Lunatic asylums Central Provinces reports 1895-1909 - 1895-1909
Year: 1895
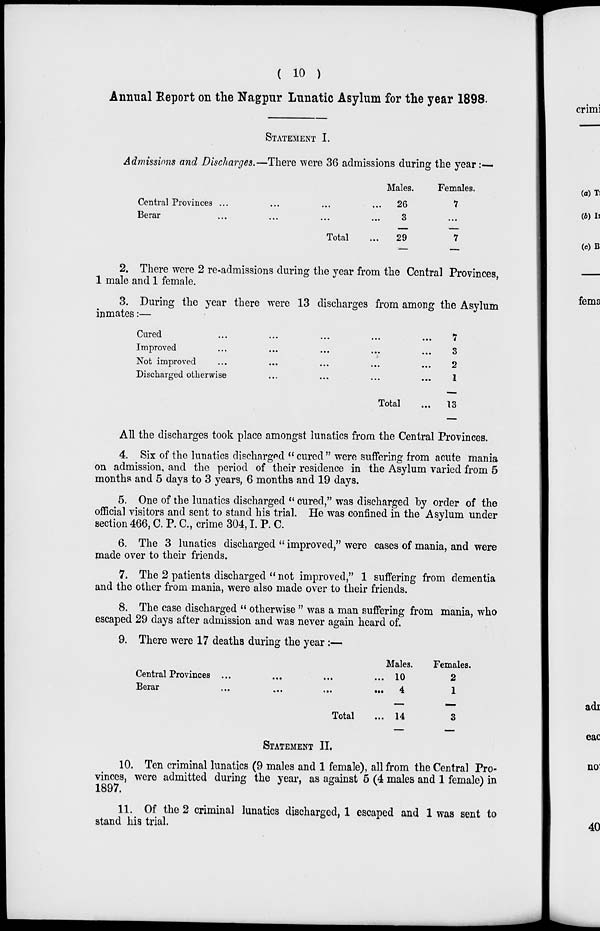
( 10 )
Annual Report on the Nagpur Lunatic Asylum for the year 1898.
STATEMENT I.
Admissions and Discharges.—There were 36 admissions during the year:—
Central Provinces ... ... ... ...
Berar
...
...
...
...
Total ...
Males.
26
3
29
Females.
7
...
7
2. There were 2 re-admissions during the year from the Central Provinces,
1 male and 1 female.
3. During the year there were 13 discharges from among the Asylum
inmates:—
Cured
...
...
...
...
...
Improved ... ... ... ... ...
Not improved ... ... ... ... ...
Discharged otherwise ... ... ... ...
Total ...
7
3
2
1
13
All the discharges took place amongst lunatics from the Central Provinces.
4. Six of the lunatics discharged " cured " were suffering from acute mania
on admission, and the period of their residence in the Asylum varied from 5
months and 5 days to 3 years, 6 months and 19 days.
5. One of the lunatics discharged " cured," was discharged by order of the
official visitors and sent to stand his trial. He was confined in the Asylum under
section 466, C. P. C., crime 304, I. P. C.
6. The 3 lunatics discharged " improved," were cases of mania, and were
made over to their friends.
7. The 2 patients discharged " not improved," 1 suffering from dementia
and the other from mania, were also made over to their friends.
8. The case discharged " otherwise " was a man suffering from mania, who
escaped 29 days after admission and was never again heard of.
9. There were 17 deaths during the year:—
Central Provinces ... ... ... ...
Berar
...
...
...
...
Total ...
Males.
10
4
14
Females.
2
1
3
STATEMENT II.
10. Ten criminal lunatics (9 males and 1 female), all from the Central Pro-
vinces, were admitted during the year, as against 5 (4 males and 1 female) in
1897.
11. Of the 2 criminal lunatics discharged, 1 escaped and 1 was sent to
stand his trial.